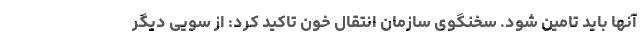
آنها باید تامین شود. سخنگوی سازمان انتقال خون تاکید کرد: از سویی دیگر